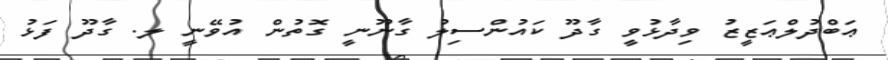
ޢަބްދުލްޢަޒީޒު ވިދާޅުވީ ގާދޫ ކައުންސިލު ގާނޫނީ ގޮތުން އުވޭނީ ލ. ގާދޫ ފަޅު